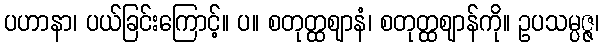
ပဟာနာ၊ ပယ်ခြင်းကြောင့်။ ပ။ စတုတ္ထဈာနံ၊ စတုတ္ထဈာန်ကို။ ဥပသမ္ပဇ္ဇ၊